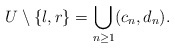
\begin{align*}U\setminus \{l,r\}=\bigcup_{n\geq 1}(c_n,d_n). \end{align*}